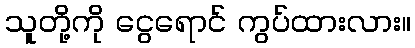
သူတို့ကို ငွေရောင် ကွပ်ထားလား။